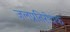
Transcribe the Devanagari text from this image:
जलप्रतिरोधक